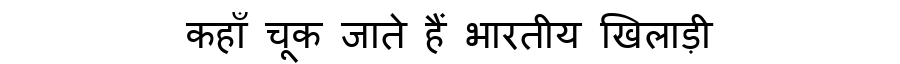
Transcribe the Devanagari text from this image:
कहाँ चूक जाते हैं भारतीय खिलाड़ी